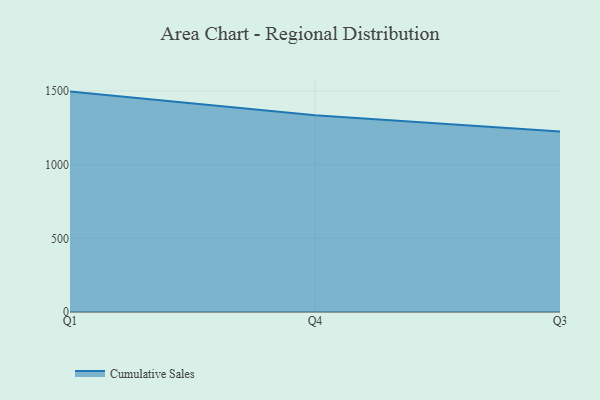
{"axis": {"x": "Quarter", "y": "Tickets Resolved"}, "legend": ["Cumulative Sales"], "data": [{"x": "Q1", "y": 1496.5, "type": "Cumulative Sales"}, {"x": "Q4", "y": 1335.8, "type": "Cumulative Sales"}, {"x": "Q3", "y": 1226.1, "type": "Cumulative Sales"}]}